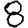
Digit: 8